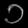
Digit: ၁